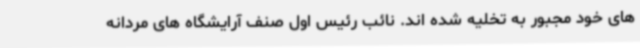
های خود مجبور به تخلیه شده اند. نائب رئیس اول صنف آرایشگاه های مردانه